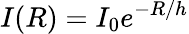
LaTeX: I(R)=I_{0}e^{-R/h}